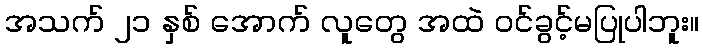
အသက် ၂၁ နှစ် အောက် လူတွေ အထဲ ဝင်ခွင့်မပြုပါဘူး။